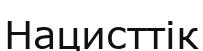
Нацисттік